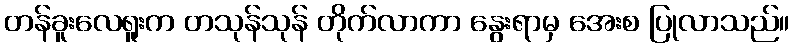
တန်ခူးလေရူးက တသုန်သုန် တိုက်လာကာ နွေးရာမှ အေးစ ပြုလာသည်။